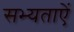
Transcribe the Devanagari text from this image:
सभ्यताऐं